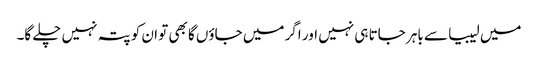
میں لیبیا سے باہر جاتا ہی نہیں اور اگر میں جاؤں گا بھی تو ان کو پتہ نہیں چلے گا۔